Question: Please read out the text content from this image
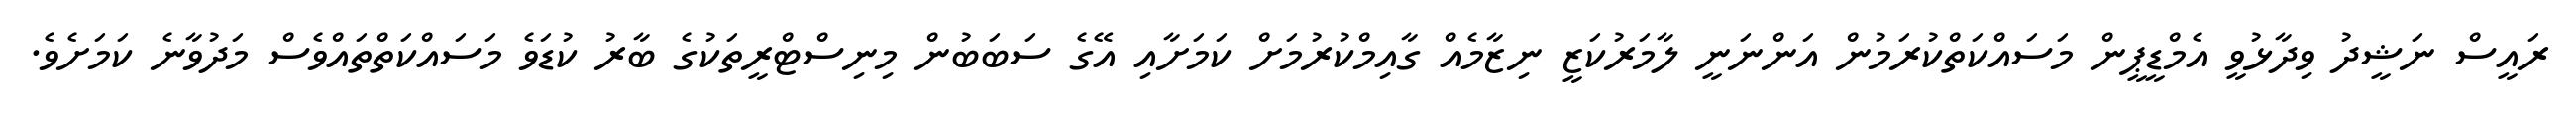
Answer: ރައީސް ނަޝީދު ވިދާޅުވީ އެމްޑީޕީން މަސައްކަތްކުރަމުން އަންނަނީ ލާމަރުކަޒީ ނިޒާމެއް ގާއިމްކުރުމަށް ކަމަށާއި އޭގެ ސަބަބުން މިނިސްޓްރީތަކުގެ ބާރު ކުޑަވެ މަސައްކަތްތައްވެސް މަދުވާނެ ކަމަށެވެ.